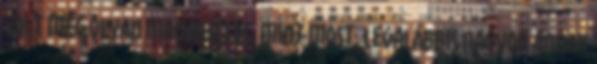
volt még olyan magabiztos, mint most, legalábbis nagyon annak